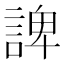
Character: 諀